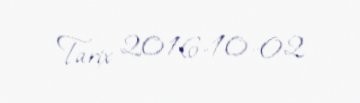
Tarix 2016-10-02